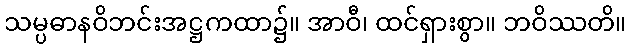
သမ္ပဓာနဝိဘင်းအဋ္ဌကထာ၌။ အာဝီ၊ ထင်ရှားစွာ။ ဘဝိဿတိ။